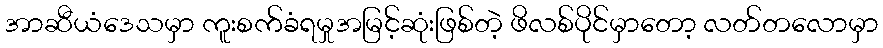
အာဆီယံဒေသမှာ ကူးစက်ခံရမှုအမြင့်ဆုံးဖြစ်တဲ့ ဖိလစ်ပိုင်မှာတော့ လတ်တလောမှာ